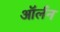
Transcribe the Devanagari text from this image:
ऑर्लन